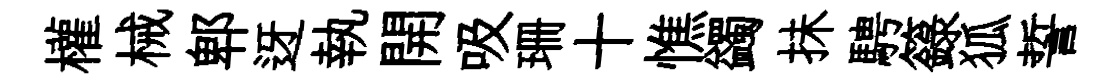
權械郫迓執開吸珊十憔蠲抺騁籙狐誓